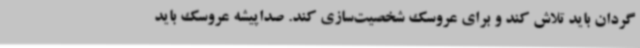
گردان باید تلاش کند و برای عروسک شخصیت‌سازی کند. صداپیشه عروسک باید